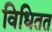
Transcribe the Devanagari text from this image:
विधितत